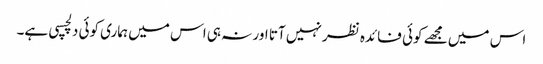
اس میں مجھے کوئی فائدہ نظر نہیں آتا اور نہ ہی اس میں ہماری کوئی دلچسپی ہے۔